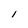
Character: l